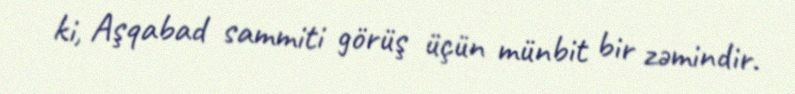
ki, Aşqabad sammiti görüş üçün münbit bir zəmindir.